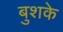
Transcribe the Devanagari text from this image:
बुशके